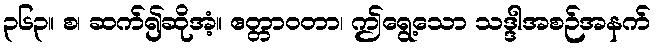
၃၆၃။ စ၊ ဆက်၍ဆိုအံ့။ ဧတ္တာဝတာ၊ ဤရွေ့သော သဒ္ဒါအစဉ်အနက်